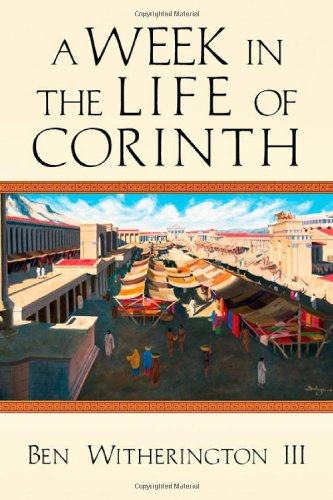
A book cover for A Week in the Life of Corinth; Ben Witherington III; Christian Books & Bibles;